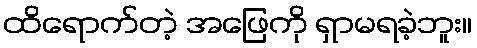
ထိရောက်တဲ့ အဖြေကို ရှာမရခဲ့ဘူး။